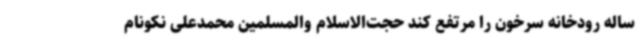
ساله رودخانه سرخون را مرتفع کند حجت‌الاسلام والمسلمین محمدعلی نکونام